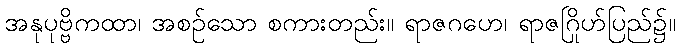
အနုပုဗ္ဗိကထာ၊ အစဉ်သော စကားတည်း။ ရာဇဂဟေ၊ ရာဇဂြိုဟ်ပြည်၌။